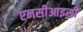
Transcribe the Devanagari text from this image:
एनसीआइसी